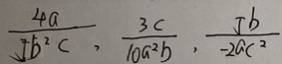
\frac { 4 a } { 5 b ^ { 2 } c } , \frac { 3 c } { 1 0 a ^ { 2 } b } , \frac { 5 b } { - 2 a c ^ { 2 } }